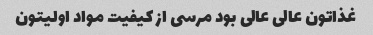
غذاتون عالی عالی بود مرسی از کیفیت مواد اولیتون